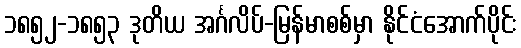
၁၈၅၂-၁၈၅၃ ဒုတိယ အင်္ဂလိပ်-မြန်မာစစ်မှာ နိုင်ငံအောက်ပိုင်း